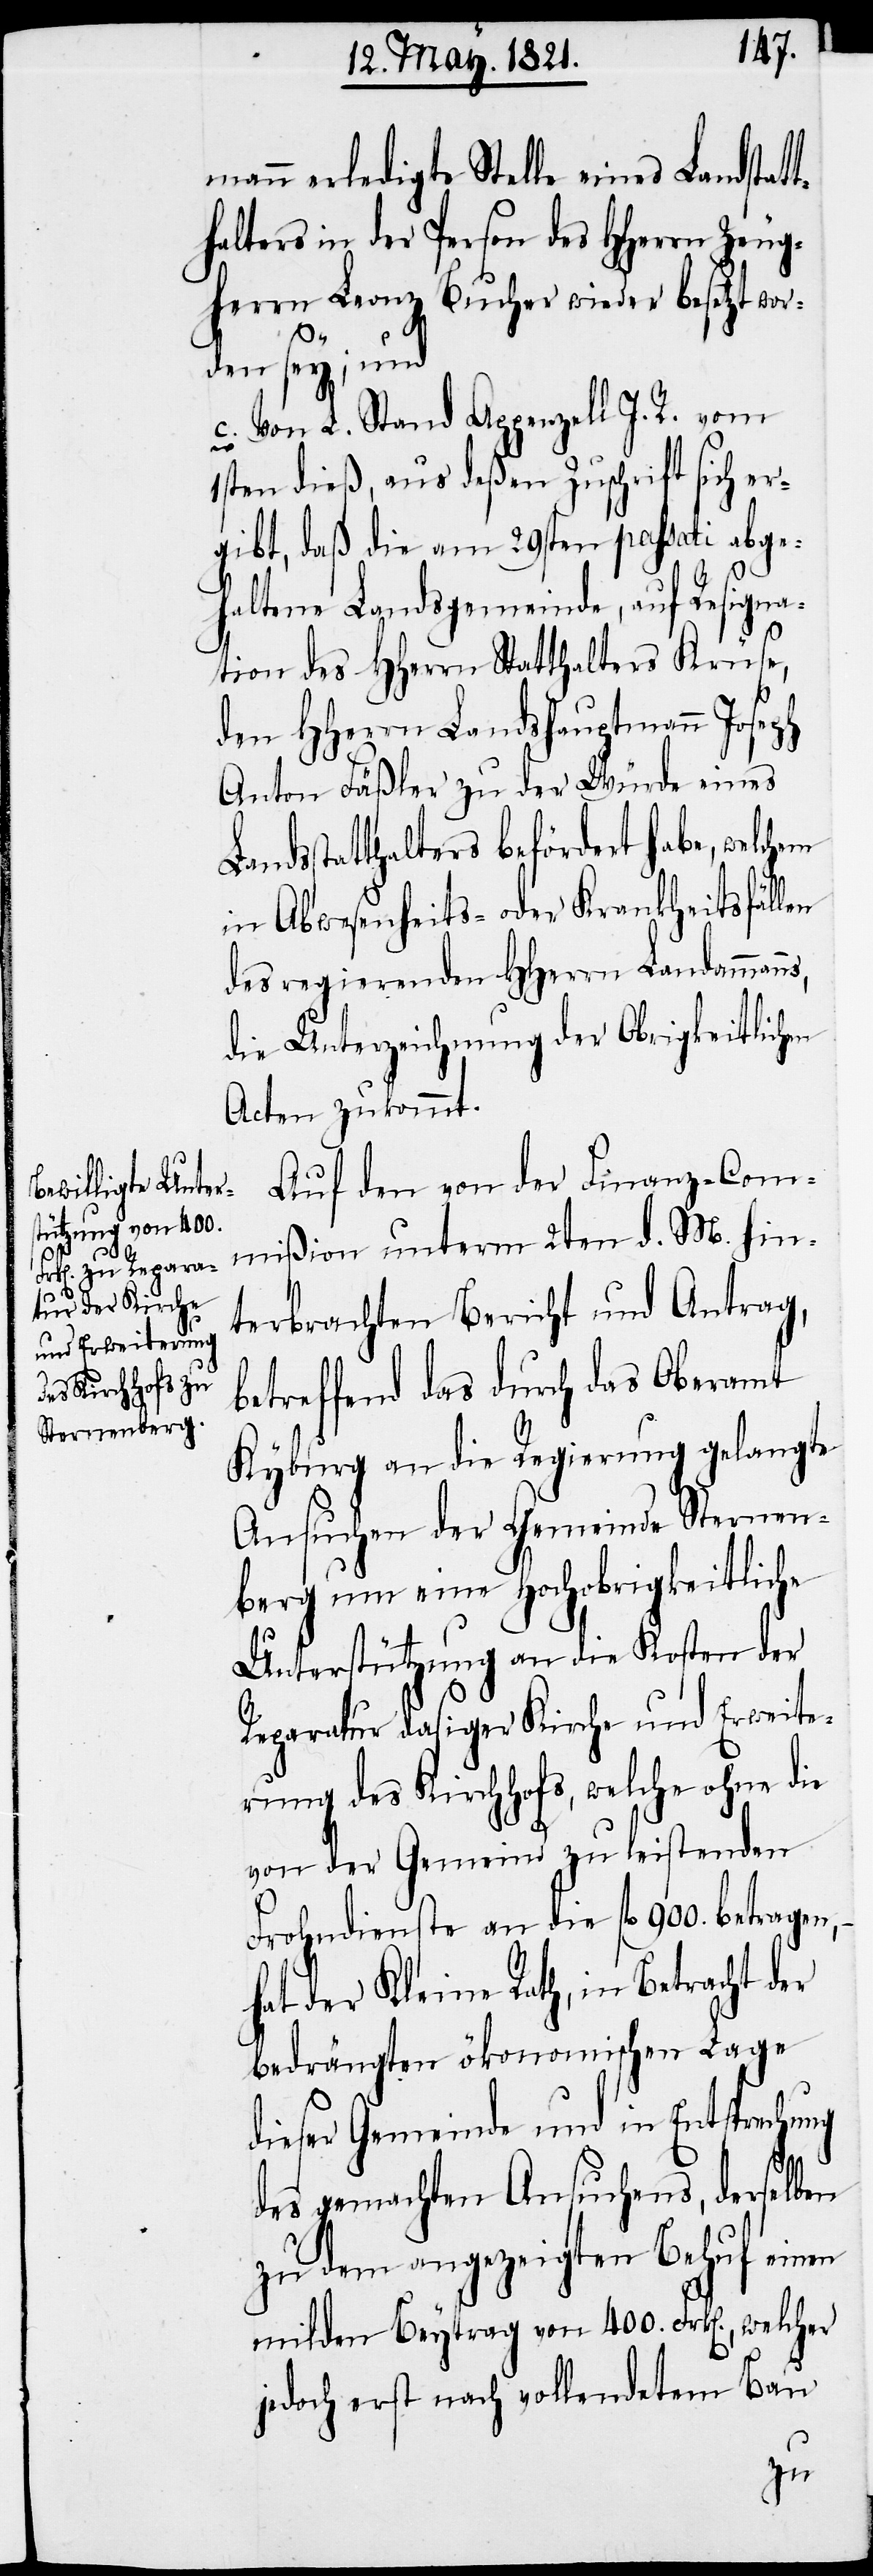
mann erledigte Stelle eines Landstat¬
thalters in der Person des HHerrn Zeug¬
herrn Leonz Bucher wieder besetzt wor¬
den sey; und
c. Von L. Stand Appenzell I. R. vom
1sten dieß, aus deßen Zuschrift sich er¬
gibt, daß die am 29sten passati abge¬
haltene Landsgemeinde, auf Resigna¬
tion des HHerrn Statthalters Krüse,
den HHerrn Landshauptmann Joseph
Anton Fäßler zu der Würde eines
dsstatthalters befördert habe, welchem
in Abwesenheits- oder Krankheitsfällen
des regierenden HHerrn Landamman¬
die Unterzeichnung der Obrigkeitlichen
Acten zukommt.
Auf den von der Finanz-Com¬
mißion unterm 2ten d. M. hin¬
terbrachten Bericht und Antrag,
betreffend das durch das Oberamt
Kyburg an die Regierung gelangte
Ansuchen der Gemeinde Sternen¬
berg um eine Hochobrigkeitliche
Unterstützung an die Kosten der
Reparatur dasiger Kirche und Erweite¬
rung des Kirchhofs, welche ohne die
von der Gemeinde zu leistenden
Frohndienste an die fl. 900. betragen,
hat der Kleine Rath, in Betracht der
bedrängten ökonomischen Lage
dieser Gemeinde und in Entsprechung
des gemachten Ansuchens, derselben
zu dem angezeigten Behuf einen
milden Beytrag von 400. Frk[en]., welcher
jedoch erst nach vollendetem Bau

ns,